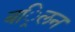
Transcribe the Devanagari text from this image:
बर्िलन